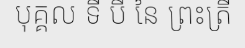
បុគ្គល ទី បី នៃ ព្រះត្រី